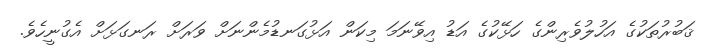
ޤަބުރުތަކުގެ އަހުލުވެރިންގެ ހަޅޭކުގެ އަޑު އިވޭނަމަ މިކަން އަޅުގަނޑުމެންނަށް ވަރަށް ރަނގަޅަށް އެގުނީހެވެ.